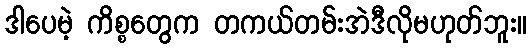
ဒါပေမဲ့ ကိစ္စတွေက တကယ်တမ်းအဲဒီလိုမဟုတ်ဘူး။